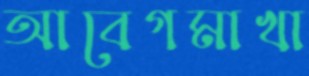
আবেগমাখা